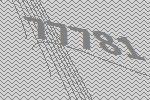
77781